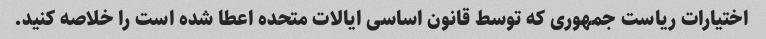
اختیارات ریاست جمهوری که توسط قانون اساسی ایالات متحده اعطا شده است را خلاصه کنید.